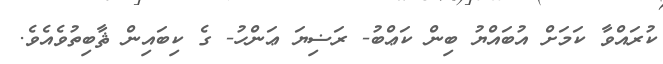
ކުރައްވާ ކަމަށް އުބައްޔު ބިން ކަޢްބު- ރަޟިޔަ ޢަންހު- ގެ ކިބައިން ޘާބިތުވެއެވެ.